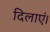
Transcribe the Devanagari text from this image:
दिलाएं।